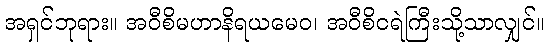
အရှင်ဘုရား။ အဝီစိမဟာနိရယမေဝ၊ အဝီစိငရဲကြီးသို့သာလျှင်။